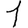
Digit: 1